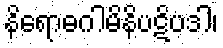
နိရောဓဂါမိနိပဋိပဒါ၊